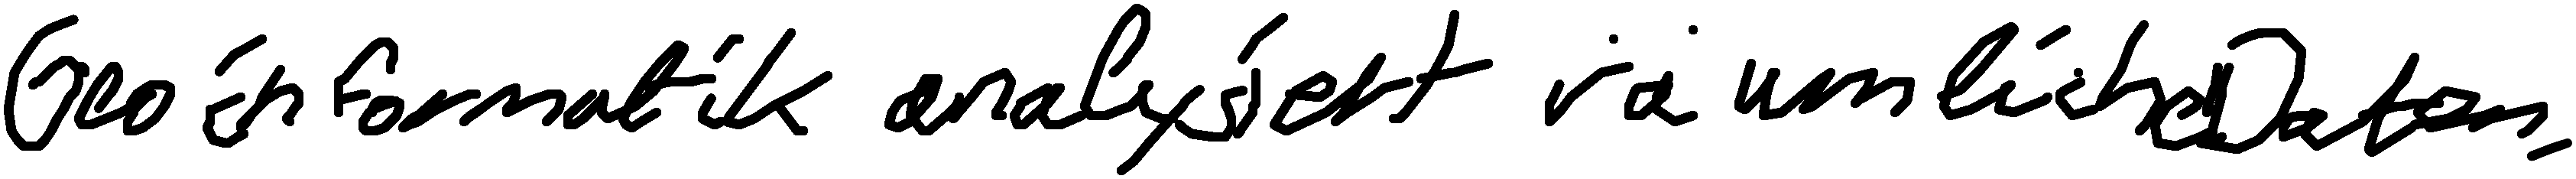
Geoinformatik analysiert räumliche Daten.